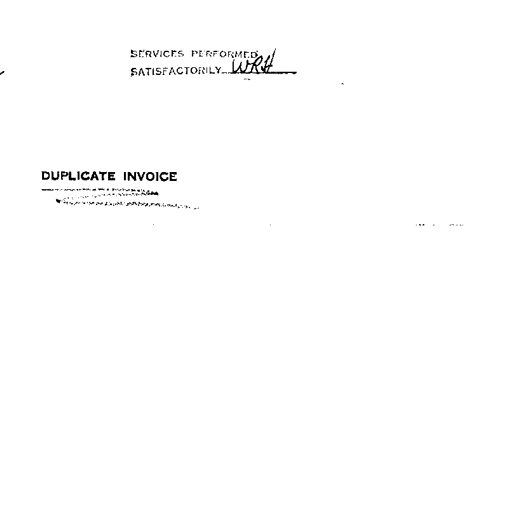
SERVICES PERFORMED
SATISFACTORILY WRH
DUPLICATE INVOICE